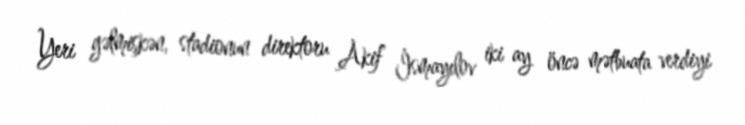
Yeri gəlmişkən, stadionun direktoru Akif İsmayılov iki ay öncə mətbuata verdiyi